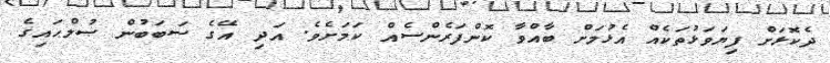
ދެކޮޅަށް ފިޔަވަޅުތަކެއް އެޅުމަށް ބާއްވާ ކޮންފަރެންސެއް ކަމަށެވެ. އަދި އޭގެ ސަބަބުން ޞުލްޙައިގެ